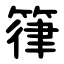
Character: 箻